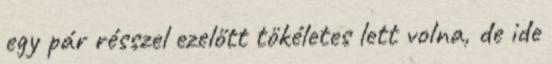
egy pár résszel ezelőtt tökéletes lett volna, de ide